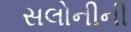
સલોનીની